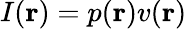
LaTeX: I({\mathbf r})=p({\mathbf r})v({\mathbf r})